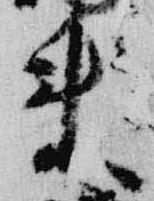
来